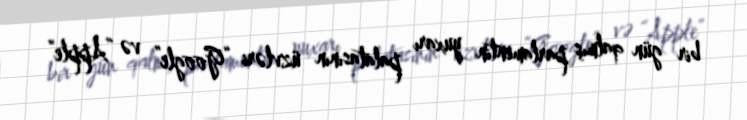
bir gün qalmış parlamentin yuxarı palatasının üzvləri “Google” və “Apple”